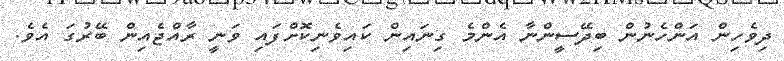
ދިވެހިން އަންހެނުން ބިދޭސީންނާ އެންމެ ގިނައިން ކައިވެނިކޮށްފައި ވަނީ ރާއްޖެއިން ބޭރުގަ އެވެ.